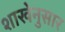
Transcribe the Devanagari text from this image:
शाखेनुसार